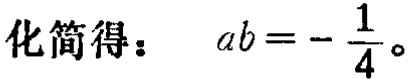
化简得：\(ab = -\frac{1}{4}\)。